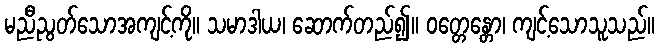
မညီညွတ်သောအကျင့်ကို။ သမာဒါယ၊ ဆောက်တည်၍။ ဝတ္တေန္တော၊ ကျင့်သောသူသည်။